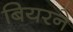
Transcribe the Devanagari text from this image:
बियरने